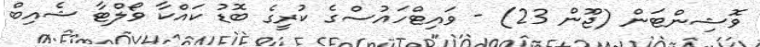
ވޮޝިންޓަން (ޖޫން 23) - ވައިޓްހައުސްގެ ކުރީގެ ބޮޑު ކައްކާ ވޯލްޓާ ޝެއިބް